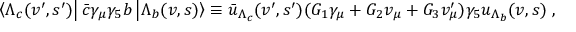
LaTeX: \left\langle \Lambda _ { c } ( v ^ { \prime } , s ^ { \prime } ) \right\vert \bar { c } \gamma _ { \mu } \gamma _ { 5 } b \left\vert \Lambda _ { b } ( v , s ) \right\rangle \equiv \bar { u } _ { \Lambda _ { c } } ( v ^ { \prime } , s ^ { \prime } ) ( G _ { 1 } \gamma _ { \mu } + G _ { 2 } v _ { \mu } + G _ { 3 } v _ { \mu } ^ { \prime } ) \gamma _ { 5 } u _ { \Lambda _ { b } } ( v , s ) \; ,